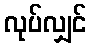
လုပ်လျှင်